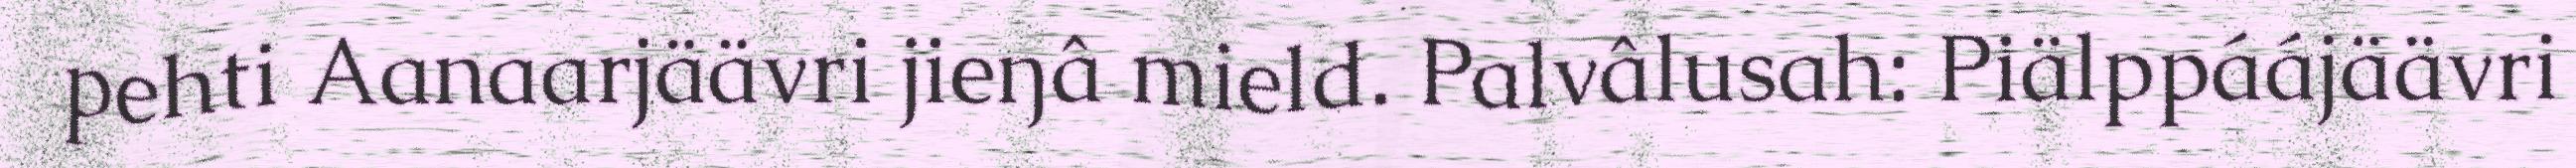
pehti Aanaarjäävri jieŋâ mield. Palvâlusah: Piälppáájäävri